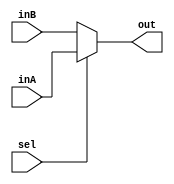
module Mux2_1
	#(
		parameter NB_DATA = 5
	)
	(
		input wire [NB_DATA-1:0] inA,
		input wire [NB_DATA-1:0] inB,
		input wire sel,
		output wire [NB_DATA-1:0] out
	);

	assign out = (sel) ? inA : inB;

endmodule